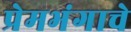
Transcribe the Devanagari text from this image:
प्रेमभंगाचे